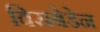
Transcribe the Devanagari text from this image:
विसबेडेन